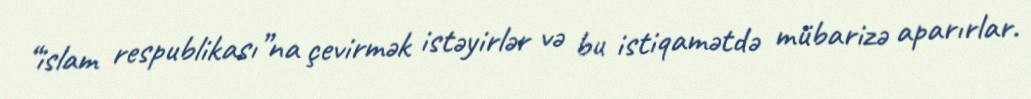
“islam respublikası”na çevirmək istəyirlər və bu istiqamətdə mübarizə aparırlar.